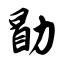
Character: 勖